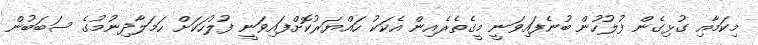
މިކަމާއި ގުޅިގެން ފުލުހުން ބުނެފައިވަނީ މީގެތެރެއިން އެކަކު ހައްޔަރުކޮށްފައިވަނީ ފުލުހަކަށް ހަމަލާދިނުމުގެ ސަބަބުން